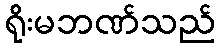
ရိုးမဘဏ်သည်